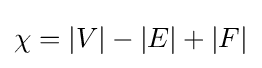
\chi =|V|-|E|+|F|